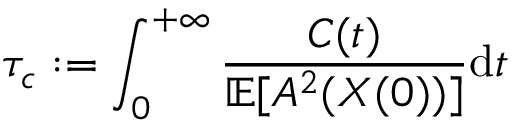
\tau _ { c } : = \int _ { 0 } ^ { + \infty } \frac { { C } ( t ) } { \mathbb { E } [ A ^ { 2 } ( X ( 0 ) ) ] } \mathrm { d } t